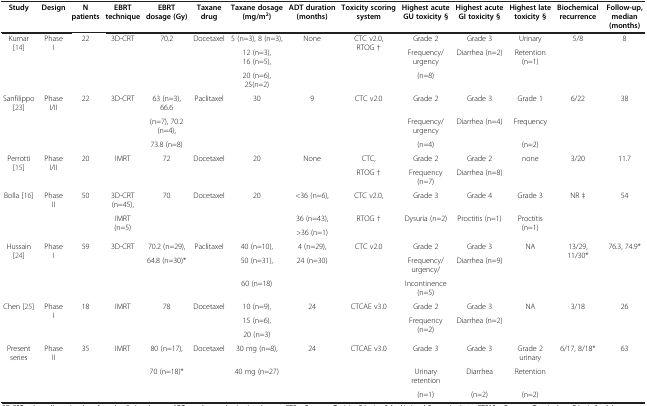
<table><thead><tr><td><b>Study</b></td><td><b>Design</b></td><td><b>N patients</b></td><td><b>EBRT technique</b></td><td><b>EBRT dosage (Gy)</b></td><td><b>Taxane drug</b></td><td><b>Taxane dosage (mg/m<sup>2</sup>)</b></td><td><b>ADT duration (months)</b></td><td><b>Toxicity scoring system</b></td><td><b>Highest acute GU toxicity §</b></td><td><b>Highest acute GI toxicity §</b></td><td><b>Highest late toxicity §</b></td><td><b>Biochemical recurrence</b></td><td><b>Follow-up, median (months)</b></td></tr></thead><tbody><tr><td rowspan="3">Kumar [14]</td><td rowspan="3">Phase I</td><td rowspan="3">22</td><td rowspan="3">3D-CRT</td><td rowspan="3">70.2</td><td rowspan="3">Docetaxel</td><td>5 (n=3), 8 (n=3),</td><td rowspan="3">None</td><td rowspan="3">CTC v2.0, RTOG †</td><td>Grade 2</td><td>Grade 3</td><td>Urinary</td><td rowspan="3">5/8</td><td rowspan="3">8</td></tr><tr><td>12 (n=3), 16 (n=5),</td><td>Frequency/urgency</td><td rowspan="2">Diarrhea (n=2)</td><td rowspan="2">Retention (n=1)</td></tr><tr><td>20 (n=6), 25(n=2)</td><td>(n=8)</td></tr><tr><td rowspan="3">Sanfilippo [23]</td><td rowspan="3">Phase I/II</td><td rowspan="3">22</td><td rowspan="3">3D-CRT</td><td>63 (n=3), 66.6</td><td rowspan="3">Paclitaxel</td><td rowspan="3">30</td><td rowspan="3">9</td><td rowspan="3">CTC v2.0</td><td>Grade 2</td><td>Grade 3</td><td>Grade 1</td><td rowspan="3">6/22</td><td rowspan="3">38</td></tr><tr><td>(n=7), 70.2 (n=4),</td><td>Frequency/urgency</td><td rowspan="2">Diarrhea (n=4)</td><td>Frequency</td></tr><tr><td>73.8 (n=8)</td><td>(n=4)</td><td>(n=2)</td></tr><tr><td rowspan="2">Perrotti [15]</td><td rowspan="2">Phase I/II</td><td rowspan="2">20</td><td rowspan="2">IMRT</td><td rowspan="2">72</td><td rowspan="2">Docetaxel</td><td rowspan="2">20</td><td rowspan="2">None</td><td>CTC,</td><td>Grade 2</td><td>Grade 2</td><td rowspan="2">none</td><td rowspan="2">3/20</td><td rowspan="2">11.7</td></tr><tr><td>RTOG †</td><td>Frequency (n=7)</td><td>Diarrhea (n=8)</td></tr><tr><td rowspan="3">Bolla [16]</td><td rowspan="3">Phase II</td><td rowspan="3">50</td><td>3D-CRT (n=45),</td><td rowspan="3">70</td><td rowspan="3">Docetaxel</td><td rowspan="3">20</td><td>&lt;36 (n=6),</td><td>CTC v2.0,</td><td>Grade 3</td><td>Grade 4</td><td>Grade 3</td><td rowspan="3">NR ‡</td><td rowspan="3">54</td></tr><tr><td rowspan="2">IMRT (n=5)</td><td>36 (n=43),</td><td rowspan="2">RTOG †</td><td rowspan="2">Dysuria (n=2)</td><td rowspan="2">Proctitis (n=1)</td><td rowspan="2">Proctitis (n=1)</td></tr><tr><td>&gt;36 (n=1)</td></tr><tr><td rowspan="3">Hussain [24]</td><td rowspan="3">Phase I</td><td rowspan="3">59</td><td rowspan="3">3D-CRT</td><td>70.2 (n=29),</td><td rowspan="3">Paclitaxel</td><td>40 (n=10),</td><td>4 (n=29),</td><td rowspan="3">CTC v2.0</td><td>Grade 2</td><td>Grade 3</td><td rowspan="3">NA</td><td rowspan="3">13/29, 11/30*</td><td rowspan="3">76.3, 74.9*</td></tr><tr><td rowspan="2">64.8 (n=30)*</td><td>50 (n=31),</td><td rowspan="2">24 (n=30)</td><td>Frequency/urgency/</td><td rowspan="2">Diarrhea (n=9)</td></tr><tr><td>60 (n=18)</td><td>Incontinence (n=5)</td></tr><tr><td rowspan="3">Chen [25]</td><td rowspan="3">Phase I</td><td rowspan="3">18</td><td rowspan="3">IMRT</td><td rowspan="3">78</td><td rowspan="3">Docetaxel</td><td>10 (n=9),</td><td rowspan="3">24</td><td rowspan="3">CTCAE v3.0</td><td>Grade 2</td><td>Grade 3</td><td rowspan="3">NA</td><td rowspan="3">3/18</td><td rowspan="3">26</td></tr><tr><td>15 (n=6),</td><td rowspan="2">Frequency (n=2)</td><td rowspan="2">Diarrhea (n=2)</td></tr><tr><td>20 (n=3)</td></tr><tr><td rowspan="2">Present series</td><td rowspan="2">Phase II</td><td rowspan="2">35</td><td rowspan="2">IMRT</td><td>80 (n=17),</td><td rowspan="2">Docetaxel</td><td>30 mg (n=8),</td><td rowspan="2">24</td><td rowspan="2">CTCAE v3.0</td><td>Grade 3</td><td>Grade 3</td><td>Grade 2 urinary</td><td rowspan="2">6/17, 8/18*</td><td rowspan="2">63</td></tr><tr><td>70 (n=18)*</td><td>40 mg (n=27)</td><td>Urinary retention</td><td>Diarrhea</td><td>Retention</td></tr><tr><td>[EMPTY_CELL]</td><td>[EMPTY_CELL]</td><td>[EMPTY_CELL]</td><td>[EMPTY_CELL]</td><td>[EMPTY_CELL]</td><td>[EMPTY_CELL]</td><td>[EMPTY_CELL]</td><td>[EMPTY_CELL]</td><td>[EMPTY_CELL]</td><td>(n=1)</td><td>(n=2)</td><td>(n=2)</td><td>[EMPTY_CELL]</td><td>[EMPTY_CELL]</td></tr></tbody></table>